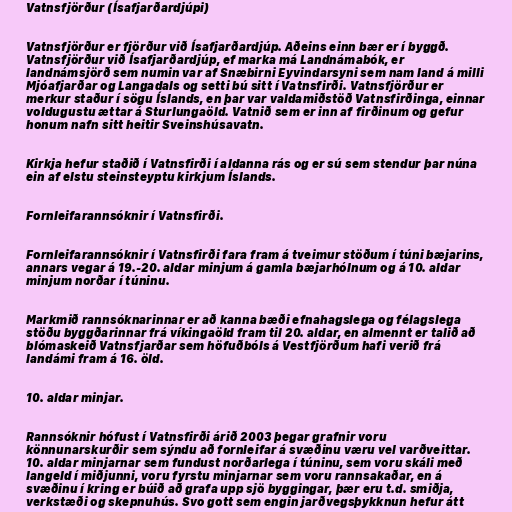
Vatnsfjörður (Ísafjarðardjúpi)

Vatnsfjörður er fjörður við Ísafjarðardjúp. Aðeins einn bær er í byggð.
Vatnsfjörður við Ísafjarðardjúp, ef marka má Landnámabók, er
landnámsjörð sem numin var af Snæbirni Eyvindarsyni sem nam land á milli
Mjóafjarðar og Langadals og setti bú sitt í Vatnsfirði. Vatnsfjörður er
merkur staður í sögu Íslands, en þar var valdamiðstöð Vatnsfirðinga, einnar
voldugustu ættar á Sturlungaöld. Vatnið sem er inn af firðinum og gefur
honum nafn sitt heitir Sveinshúsavatn.

Kirkja hefur staðið í Vatnsfirði í aldanna rás og er sú sem stendur þar núna
ein af elstu steinsteyptu kirkjum Íslands.

Fornleifarannsóknir í Vatnsfirði.

Fornleifarannsóknir í Vatnsfirði fara fram á tveimur stöðum í túni bæjarins,
annars vegar á 19.-20. aldar minjum á gamla bæjarhólnum og á 10. aldar
minjum norðar í túninu.

Markmið rannsóknarinnar er að kanna bæði efnahagslega og félagslega
stöðu byggðarinnar frá víkingaöld fram til 20. aldar, en almennt er talið að
blómaskeið Vatnsfjarðar sem höfuðbóls á Vestfjörðum hafi verið frá
landámi fram á 16. öld.

10. aldar minjar.

Rannsóknir hófust í Vatnsfirði árið 2003 þegar grafnir voru
könnunarskurðir sem sýndu að fornleifar á svæðinu væru vel varðveittar.
10. aldar minjarnar sem fundust norðarlega í túninu, sem voru skáli með
langeld í miðjunni, voru fyrstu minjarnar sem voru rannsakaðar, en á
svæðinu í kring er búið að grafa upp sjö byggingar, þær eru t.d. smiðja,
verkstæði og skepnuhús. Svo gott sem engin jarðvegsþykknun hefur átt